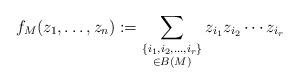
LaTeX: \begin{align*} f_M(z_1,\ldots,z_n) := \sum_{ \substack{ \{i_1,i_2,\ldots,i_r \} \\ \in B(M) } } z_{i_1} z_{i_2} \cdots z_{i_r}\end{align*}